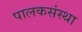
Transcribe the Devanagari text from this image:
पालकसंस्था